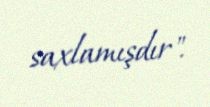
saxlamışdır".